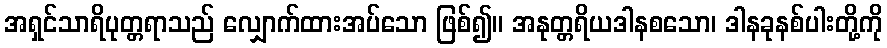
အရှင်သာရိပုတ္တရာသည် လျှောက်ထားအပ်သော ဖြစ်၍။ အနုတ္တရိယဒါနစသော၊ ဒါနခုနစ်ပါးတို့ကို